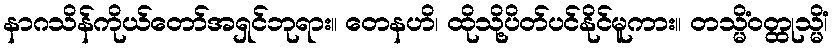
နာဂသိန်ကိုယ်တော်အရှင်ဘုရား။ တေနဟိ၊ ထိုသို့ပိတ်ပင်နိုင်မူကား။ တသ္မိံဝတ္ထုသ္မိံ၊